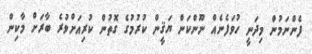
ފެންނަމުން މިދަނީ ހުވަފެނެއް ނޫންކަން ޔަޤީން ކުރުމުގެ ގޮތުން ކުރިއަށްވުރެ ބާރަށް މާކިން